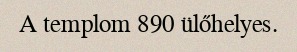
A templom 890 ülőhelyes.